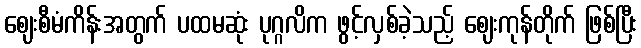
ဈေးစီမံကိန်းအတွက် ပထမဆုံး ပုဂ္ဂလိက ဖွင့်လှစ်ခဲ့သည့် ဈေးကုန်တိုက် ဖြစ်ပြီး